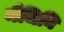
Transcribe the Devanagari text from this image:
मैजिनि